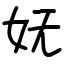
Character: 妩